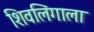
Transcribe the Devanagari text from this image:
शिवलिंगाला